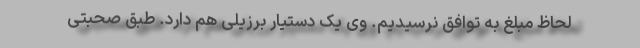
لحاظ مبلغ به توافق نرسیدیم. وی یک دستیار برزیلی هم دارد. طبق صحبتی